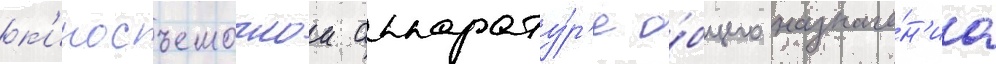
к'иносъемочнои аппарату́р'е о́бщего назначе́н'иа